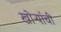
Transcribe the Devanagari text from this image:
खोऱ्यांची